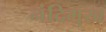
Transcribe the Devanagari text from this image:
नंदिमुख